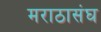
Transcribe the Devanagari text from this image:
मराठासंघ